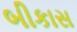
બીકાસ